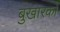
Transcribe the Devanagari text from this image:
बुखारको